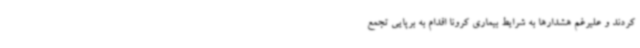
کردند و علیرغم هشدارها به شرایط بیماری کرونا اقدام به برپایی تجمع